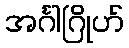
အင်္ဂါဂြိုဟ်